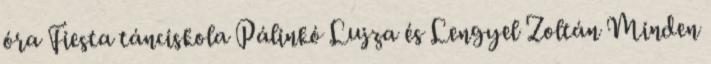
óra Fiesta tánciskola Pálinkó Lujza és Lengyel Zoltán Minden